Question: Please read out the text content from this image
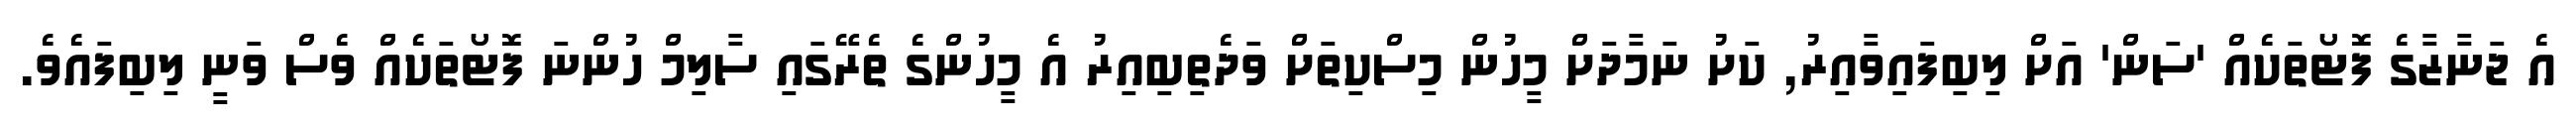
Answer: އެ ޖަނާޒާގެ ފޮޓޯތަކެއް 'ސަން' އަށް ލިބިފައިވާއިރު, ކަށު ނަމާދަށް މީހުން މިސްކިތަށް ވަދެތިބިއިރު އެ މީހުންގެ ތެރޭގައި ސާލިމް ހުންނަ ފޮޓޯތަކެއް ވެސް ވަނީ ލިބިފައެވެ.